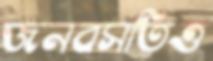
জনবসতিও